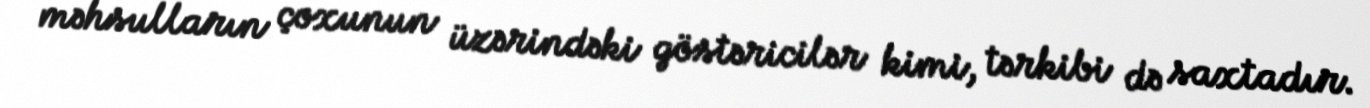
məhsulların çoxunun üzərindəki göstəricilər kimi, tərkibi də saxtadır.